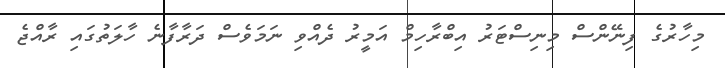
މިހާރުގެ ފިނޭންސް މިނިސްޓަރު އިބްރާހިމް އަމީރު ދެއްވި ނަމަވެސް ދަރާފާނެ ހާލަތުގައި ރާއްޖެ